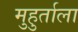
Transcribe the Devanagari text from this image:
मुहुर्ताला